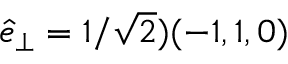
\hat { e } _ { \perp } = 1 / \sqrt { 2 } ) ( - 1 , 1 , 0 )